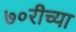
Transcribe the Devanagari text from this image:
७०रीच्या